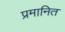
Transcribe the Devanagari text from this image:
प्रमानित